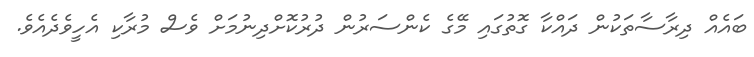
ބައެއް ދިރާސާތަކުން ދައްކާ ގޮތުގައި މޭގެ ކެންސަރުން ދުރުކޮށްދިނުމަށް ވެސް މުރާކި އެހީވެދެއެވެ.